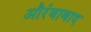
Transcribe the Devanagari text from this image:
औरंबाबाद